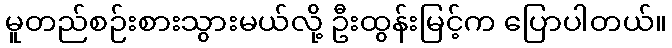
မူတည်စဉ်းစားသွားမယ်လို့ ဦးထွန်းမြင့်က ပြောပါတယ်။